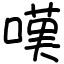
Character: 嘆